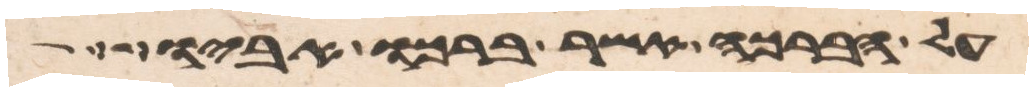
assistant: על הברכה אשר ברכו אביו